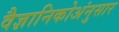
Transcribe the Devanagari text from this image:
वैज्ञानिकोअंनुसार